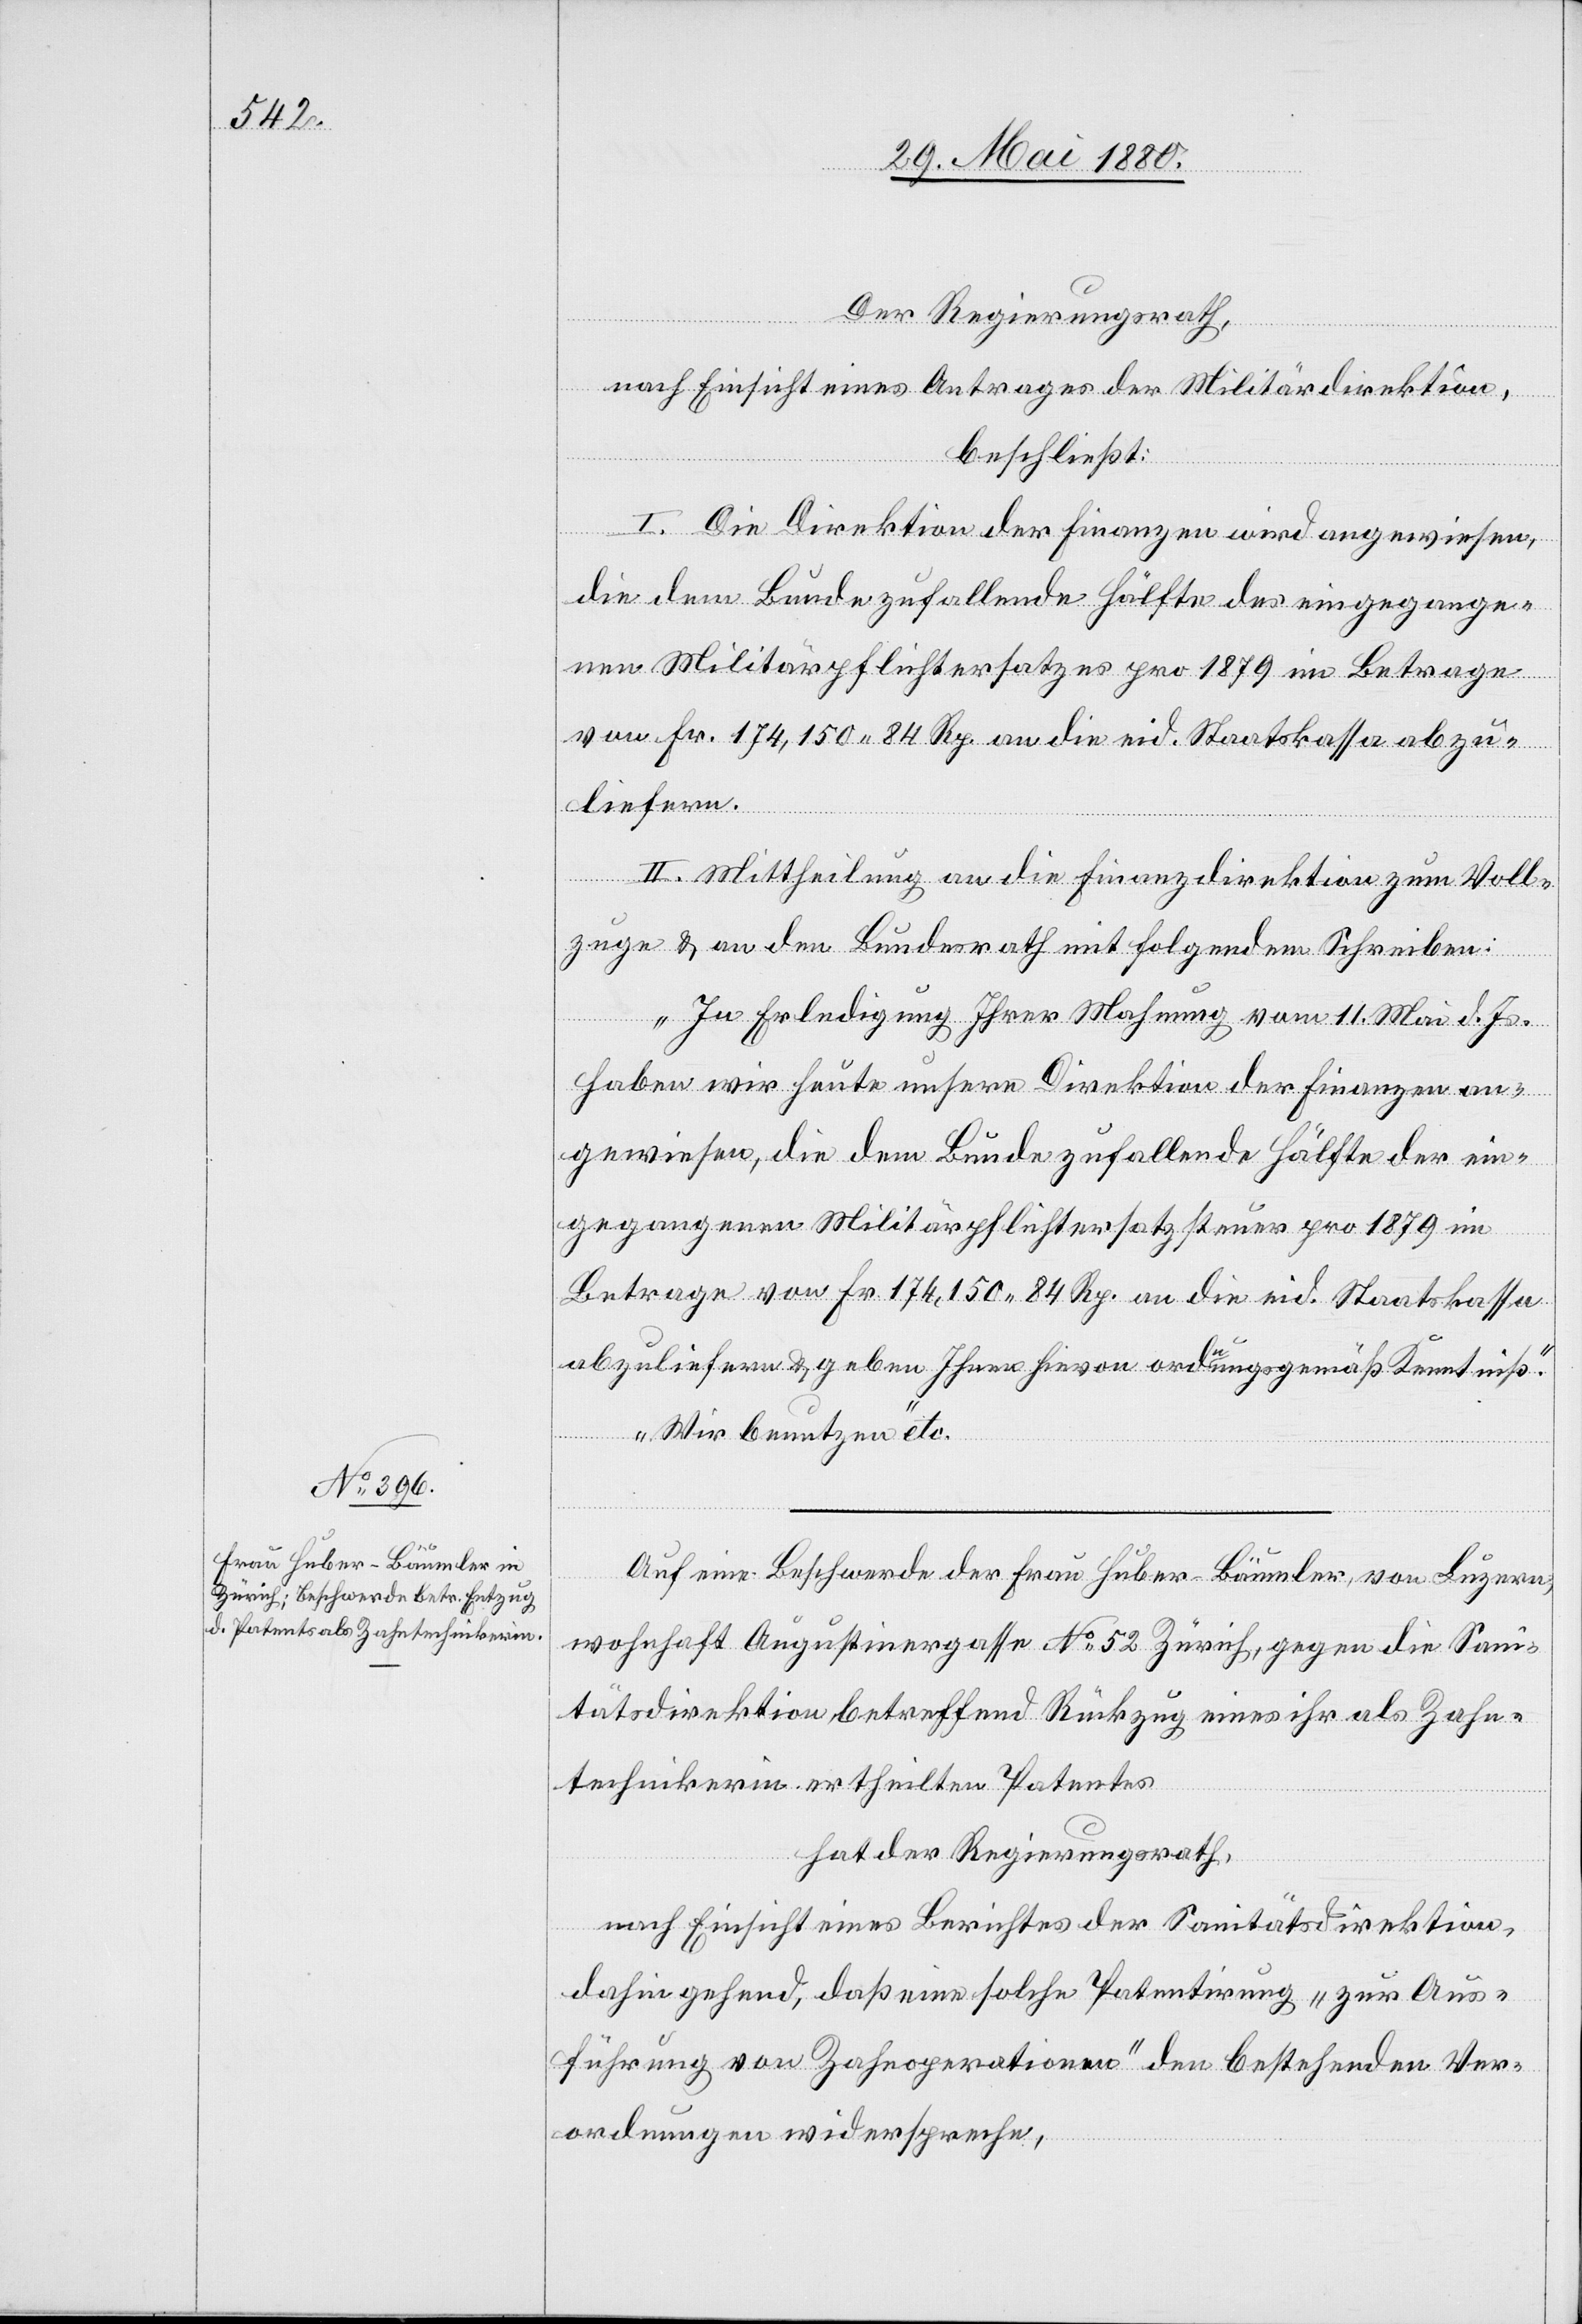
Der Regierungsrath,
nach Einsicht eines Antrages der Sanitätsdirektion,
beschließt:
I. Die Direktion der Finanzen wird angewiesen,
die dem Bunde zufallende Hälfte des eingegange¬
nen Militärpflichtersatzes pro 1879 im Betrage
von Fr. 174,150. 84 Rp. an die eid. Staatskassa abzu¬
liefern.
II. Mittheilung an die Finanzdirektion zum Voll¬
zuge & an den Bundesrath mit folgendem Schreiben:
„In Erledigung Ihrer Mahnung vom 11. Mai d. Js.
haben wir heute unsere Direktion der Finanzen an¬
gewiesen, die dem Bunde zufallende Hälfte der ein¬
gegangenen Militärpflichtersatzsteuer pro 1879 im
Betrage von Fr. 174,150. 84 Rp. an die eid. Staatskassa
abzuliefern & geben Ihnen hievon ordnungsgemäß Kenntniß.
Wir benutzen“ etc.
Auf eine Beschwerde der Frau Huber-Bäumler, von Luzern,
wohnhaft Augustinergasse No 52 Zürich, gegen die San¬
itätsdirektion, betreffend Rückzug eines ihr als Zahn¬
technikerin ertheilten Patentes
hat der Regierungsrath;
dahin gehend, daß eine solche Patentirung „zur Aus¬
führung von Zahnoperationen“ den bestehenden Ver¬
ordnungen widerspreche,